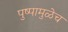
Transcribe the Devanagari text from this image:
पुष्पामुळेच